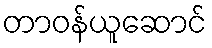
တာဝန်ယူဆောင်